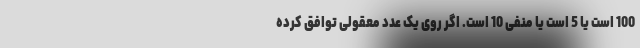
100 است یا 5 است یا منفی 10 است. اگر روی یک عدد معقولی توافق کرده